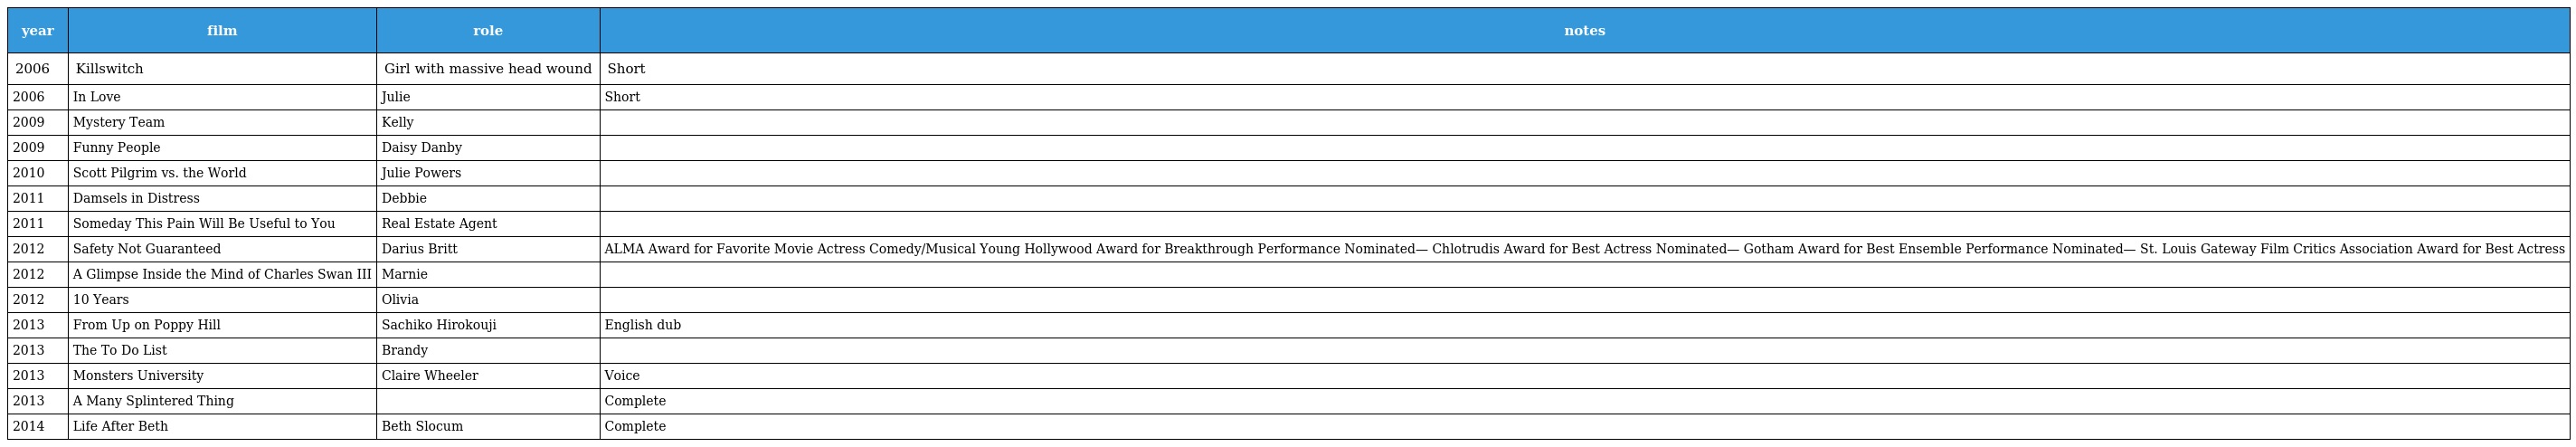
| year | film | role | notes |
 | --- | --- | --- | --- |
 | 2006 | Killswitch | Girl with massive head wound | Short |
 | 2006 | In Love | Julie | Short |
 | 2009 | Mystery Team | Kelly |  |
 | 2009 | Funny People | Daisy Danby |  |
 | 2010 | Scott Pilgrim vs. the World | Julie Powers |  |
 | 2011 | Damsels in Distress | Debbie |  |
 | 2011 | Someday This Pain Will Be Useful to You | Real Estate Agent |  |
 | 2012 | Safety Not Guaranteed | Darius Britt | ALMA Award for Favorite Movie Actress Comedy/Musical Young Hollywood Award for Breakthrough Performance Nominated— Chlotrudis Award for Best Actress Nominated— Gotham Award for Best Ensemble Performance Nominated— St. Louis Gateway Film Critics Association Award for Best Actress |
 | 2012 | A Glimpse Inside the Mind of Charles Swan III | Marnie |  |
 | 2012 | 10 Years | Olivia |  |
 | 2013 | From Up on Poppy Hill | Sachiko Hirokouji | English dub |
 | 2013 | The To Do List | Brandy |  |
 | 2013 | Monsters University | Claire Wheeler | Voice |
 | 2013 | A Many Splintered Thing |  | Complete |
 | 2014 | Life After Beth | Beth Slocum | Complete |